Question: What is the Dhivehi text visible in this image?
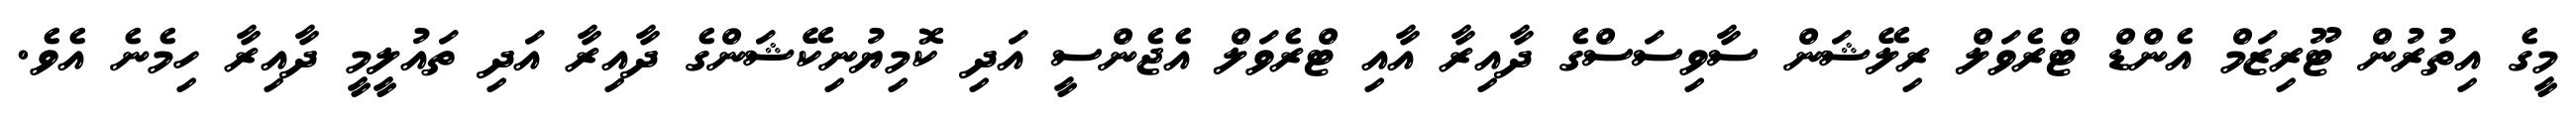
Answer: މީގެ އިތުރުން ޓޫރިޒަމް އެންޑް ޓްރެވަލް ރިލޭޝަން ސާވިސަސްގެ ދާއިރާ އާއި ޓްރެވަލް އެޖެންސީ އަދި ކޮމިޔުނިކޭޝަންގެ ދާއިރާ އަދި ތައުލީމީ ދާއިރާ ހިމެނެ އެވެ.